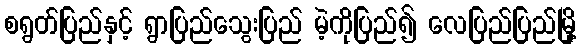
စရွတ်ပြည်နှင့် ရွာပြည်သွေးပြည် မဲ့ကိုပြည်၍ လေပြည်ပြည်မြို့